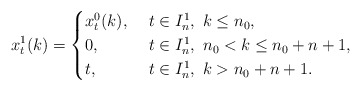
\begin{align*}x_{t}^1(k)=\begin{cases}x_{t}^0(k), & \ t\in I_n^1, \ k\le n_0,\\0, & \ t\in I_n^1, \ n_0< k\le n_0+n+1,\\t, & \ t\in I_n^1, \ k>n_0+n+1.\end{cases}\end{align*}